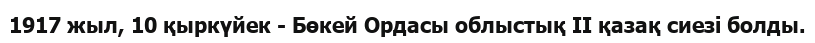
1917 жыл, 10 қыркүйек - Бөкей Ордасы облыстық II қазақ сиезі болды.